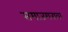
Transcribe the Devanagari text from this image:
समाजमनावर